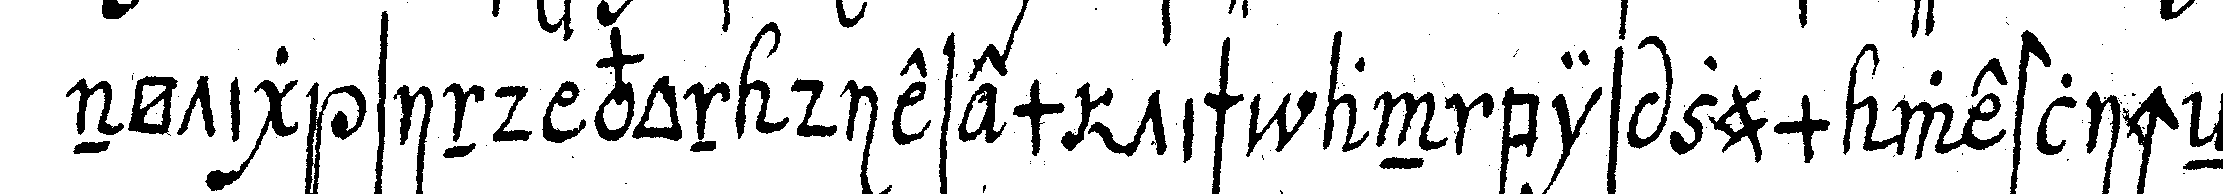
nötig sind von diesem tisch an bis zum westlicheN